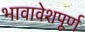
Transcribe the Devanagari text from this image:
भावावेशपूर्ण